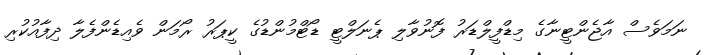
ނަމަވެސް އާޖެންޓީނާގެ މިޑްފީލްޑަރު ފޮނުވާލި ޕެނަލްޓީ ޑޯޓްމުންޑުގެ ކީޕަރު ރޯމަން ވެއިޑެންފެލާ ދިފާއުކުރި